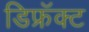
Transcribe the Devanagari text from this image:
डिफ्रॅक्ट